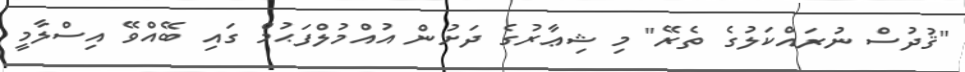
"ޤުދުސް ނުރައްކަލުގެ ތެރޭ" މި ޝިޢާރުގެ ދަށުން އުއްމުލްފަޙުމް ގައި ބޭއްވޭ އިސްލާމީ